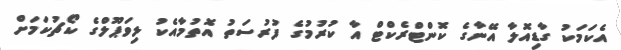
އެކަމަކު ގާޑިއޮލާ އޭނާގެ ކޮންޓްރެކްޓް އާ ކުރުމުގެ ފުރުސަތު އޮތުމާއެކު ލިވަޕޫލްގެ ކޯޗުކަމަށް